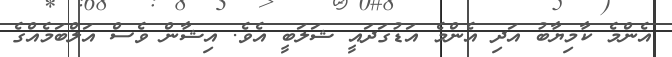
އެންމެ ކާމިޔާބު އަދި އެންމެ އަޑުގަދައީ ޝަލަބީ އެވެ. އިޝާން ވެސް އަލްބަމެއްގެ